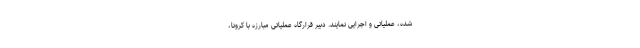
شده، عملیاتی و اجرایی نمایند. دبیر قرارگاه عملیاتی مبارزه با کرونا،